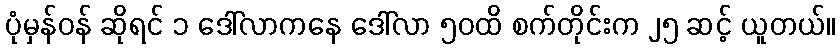
ပုံမှန်ဝန် ဆိုရင် ၁ ဒေါ်လာကနေ ဒေါ်လာ ၅၀ထိ စက်တိုင်းက ၂၅ ဆင့် ယူတယ်။